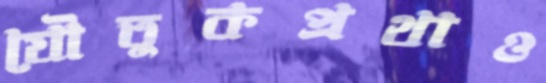
যৌতুকপ্রথাও